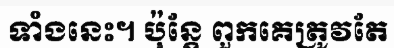
ទាំងនេះ។ ប៉ុន្តែ ពួកគេត្រូវតែ